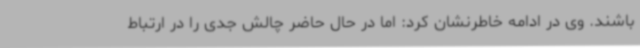
باشند. وی در ادامه خاطرنشان کرد: اما در حال حاضر چالش جدی را در ارتباط